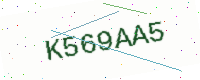
Text: K569AA5